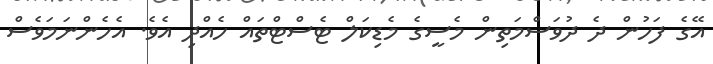
އޭގެ ފަހުން ދެ ދުވަސްމަތިން މެސީގެ މެޑިކަލް ޓެސްޓްތައް ހެއްދި އެވެ. އެހެންނަމަވެސް